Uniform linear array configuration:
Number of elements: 8
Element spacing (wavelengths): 0.25
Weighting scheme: blackman
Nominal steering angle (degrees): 60
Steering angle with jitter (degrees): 61.788
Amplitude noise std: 0.05
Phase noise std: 0.05

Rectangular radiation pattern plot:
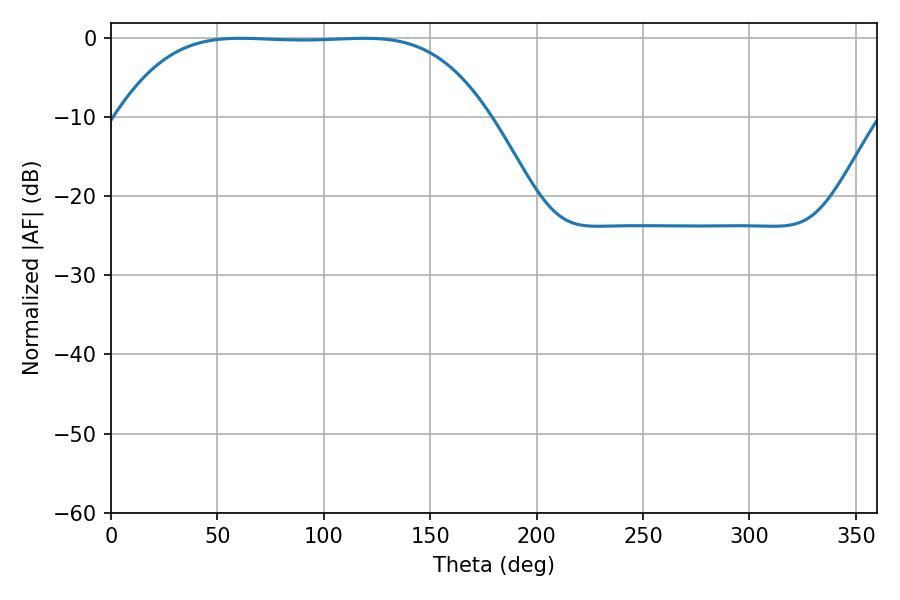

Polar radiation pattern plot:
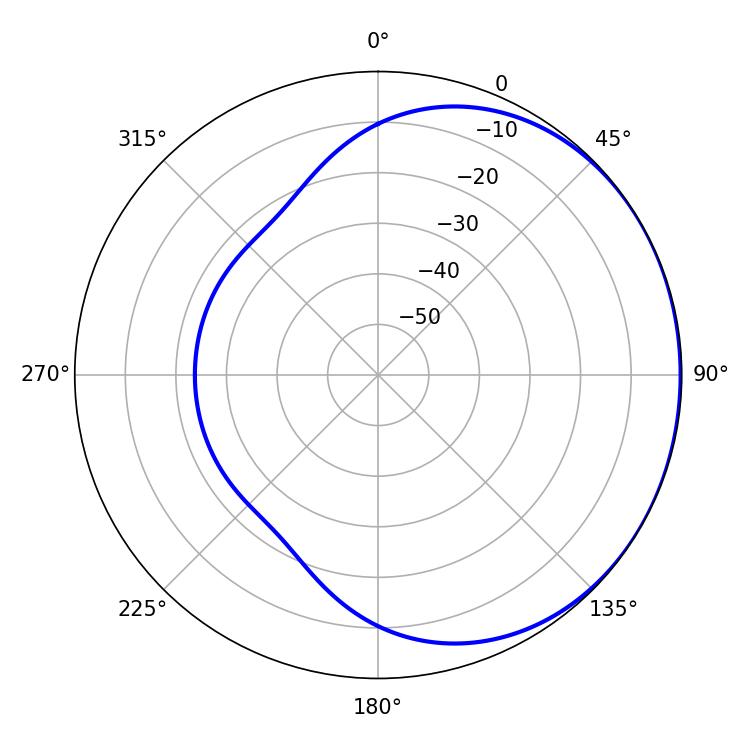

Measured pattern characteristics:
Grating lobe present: FALSE
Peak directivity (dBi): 0.6075
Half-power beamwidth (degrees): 133.2
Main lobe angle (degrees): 60.84